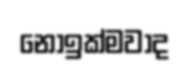
නොඉක්මවාද